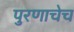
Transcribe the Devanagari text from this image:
पुरणाचेच